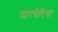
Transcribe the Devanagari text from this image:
सारबेरिया